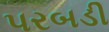
પરબડી